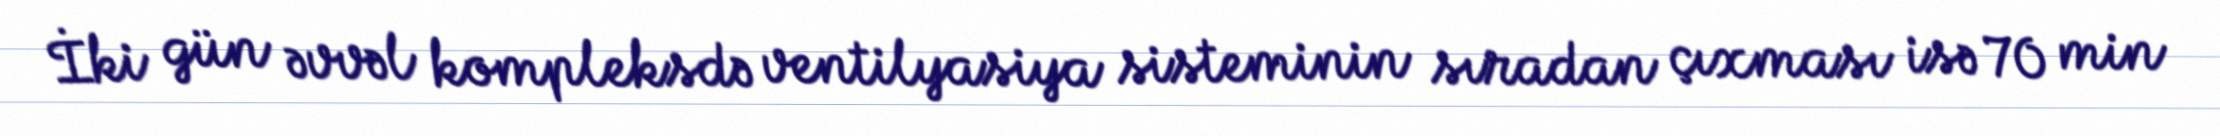
İki gün əvvəl kompleksdə ventilyasiya sisteminin sıradan çıxması isə 70 min